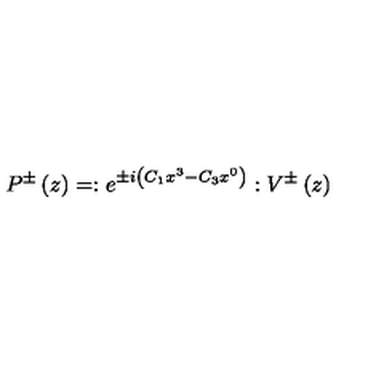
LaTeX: P ^ { \pm } \left( z \right) = : e ^ { \pm i \left( C _ { 1 } x ^ { 3 } - C _ { 3 } x ^ { 0 } \right) } : V ^ { \pm } \left( z \right)